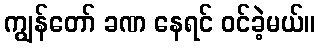
ကျွန်တော် ခဏ နေရင် ဝင်ခဲ့မယ်။